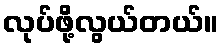
လုပ်ဖို့လွယ်တယ်။